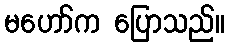
မဟော်က ပြောသည်။